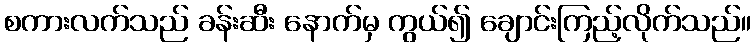
စကားလက်သည် ခန်းဆီး နောက်မှ ကွယ်၍ ချောင်းကြည့်လိုက်သည်။